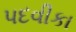
પદવીકા